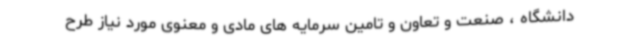
دانشگاه ، صنعت و تعاون و تامین سرمایه های مادی و معنوی مورد نیاز طرح